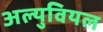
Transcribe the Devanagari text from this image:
अल्युवियल